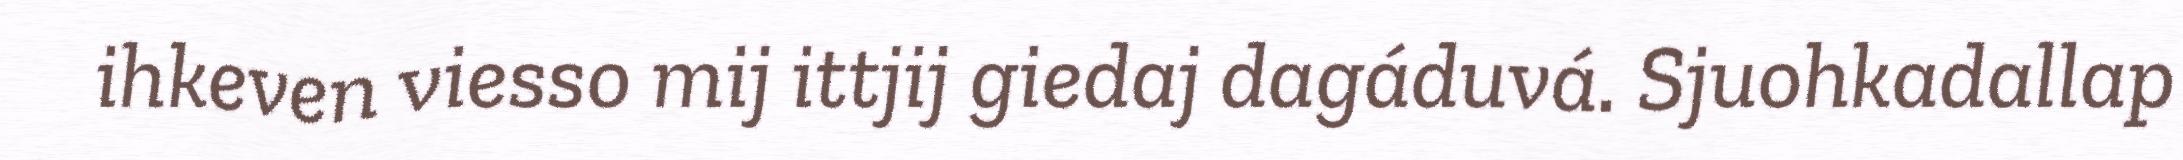
ihkeven viesso mij ittjij giedaj dagáduvá. Sjuohkadallap